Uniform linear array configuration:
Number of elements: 24
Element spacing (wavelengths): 0.5
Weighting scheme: hann
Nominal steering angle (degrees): -15
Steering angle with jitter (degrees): -16.58
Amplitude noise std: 0.05
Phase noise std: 0.05

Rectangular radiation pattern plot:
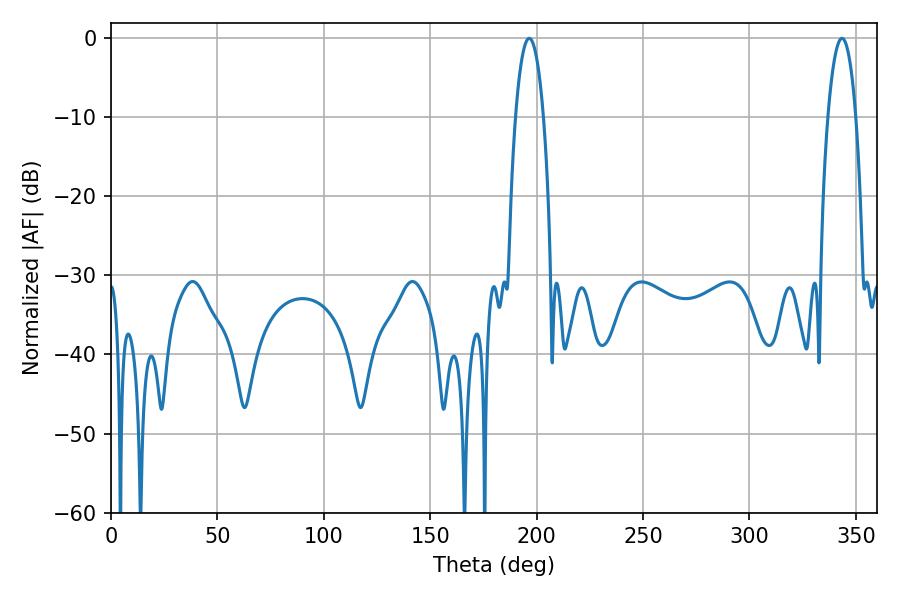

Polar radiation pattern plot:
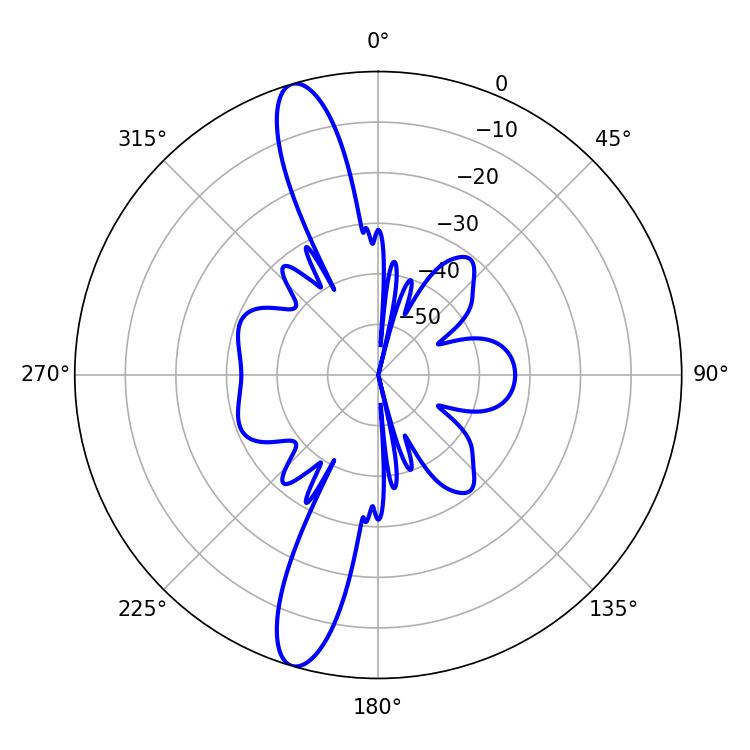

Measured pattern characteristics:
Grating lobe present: FALSE
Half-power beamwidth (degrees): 7.2
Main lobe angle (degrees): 196.56